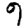
Digit: 9